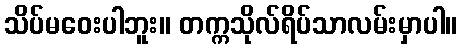
သိပ်မဝေးပါဘူး။ တက္ကသိုလ်ရိပ်သာလမ်းမှာပါ။